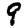
Digit: 9